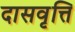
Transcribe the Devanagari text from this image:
दासवृत्ति